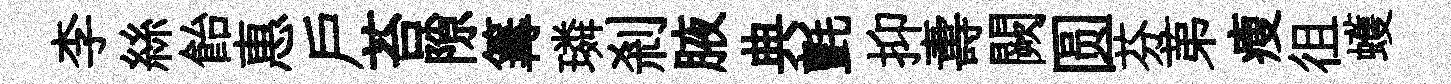
李絲飴惠戶苔隙篝璘剎腋典氈抑夀闕圆芬苐瘦徂蠖